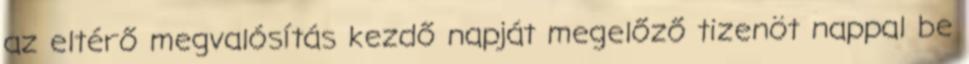
az eltérő megvalósítás kezdő napját megelőző tizenöt nappal be